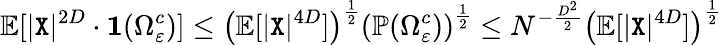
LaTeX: \mathbb{E}[|{\texttt X}|^{2D}\cdot\mathbf{1}(\Omega_{\varepsilon}^{c})]\leq\left(\mathbb{E}[|{\texttt X}|^{4D}]\right)^{\frac{1}{2}}\left(\mathbb{P}(\Omega_{\varepsilon}^{c})\right)^{\frac{1}{2}}\leq N^{-\frac{D^{2}}{2}}\left(\mathbb{E}[|{\texttt X}|^{4D}]\right)^{\frac{1}{2}}